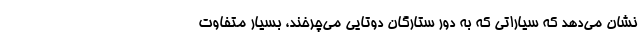
نشان می‌دهد که سیاراتی که به دور ستارگان دوتایی می‌چرخند، بسیار متفاوت